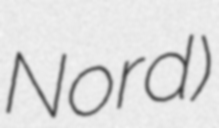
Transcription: Nord)